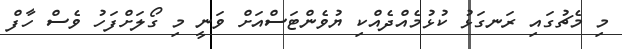
މި މެޗުގައި ރަނގަޅު ކުޅުމެއްދެއްކި ޔުވެންޓަސްއަށް ވަނީ މި ގޯލަށްފަހު ވެސް ހާފް